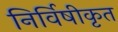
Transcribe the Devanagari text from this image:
निर्विषीकृत